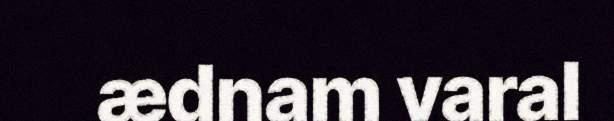
ædnam varal